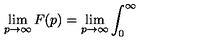
\lim _ { p \rightarrow \infty } F ( p ) = \lim _ { p \rightarrow \infty } \int _ { 0 } ^ { \infty }